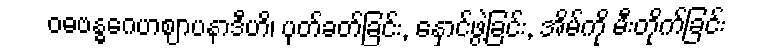
ဝဓဗန္ဓဂေဟဈာပနာဒီဟိ၊ ပုတ်ခတ်ခြင်း, နှောင်ဖွဲ့ခြင်း, အိမ်ကို မီးတိုက်ခြင်း